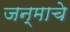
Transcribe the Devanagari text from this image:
जन्माचेे